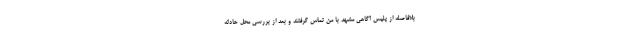
بلافاصله از پلیس آگاهی مشهد با من تماس گرفتند و بعد از بررسی محل حادثه